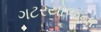
ગટરયોજના